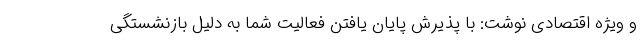
و ویژه اقتصادی نوشت: با پذیرش پایان یافتن فعالیت شما به دلیل بازنشستگی